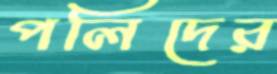
পলিদের